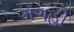
મગહી